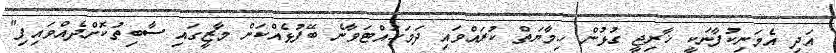
އަދި އެމަނިކުފާނަކީ ޚާރިޖީ ގުޅުން ހިމާޔަތް ކުރައްވައި ދަމަހައްޓަވާނެ ބޭފުޅެއްކަން މާޒީގައި ސާބިތުކޮށްދެއްވައިފި"